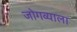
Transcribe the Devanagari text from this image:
जोगव्याला